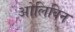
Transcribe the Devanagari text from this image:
ओलिविन